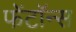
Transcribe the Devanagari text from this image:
फेंटॉन्स